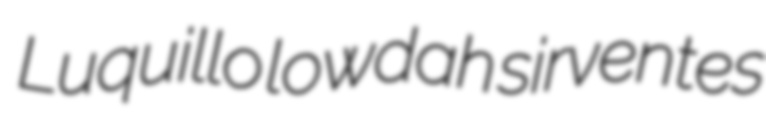
Luquillo lowdah sirventes